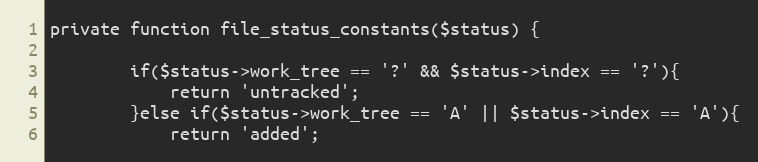
Language: PHP
private function file_status_constants($status) {

		if($status->work_tree == '?' && $status->index == '?'){
			return 'untracked';
		}else if($status->work_tree == 'A' || $status->index == 'A'){
			return 'added';